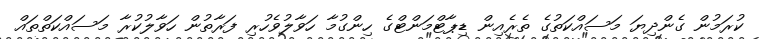
ކުރަމުން ގެންދިޔަ މަސައްކަތުގެ ތެރެއިން ޑިޕާޓްމަންޓްގެ ހިންގުމާ ހަވާލުވެހުރި ފަރާތުން ހަވާލުކުރާ މަސައްކަތްތައް